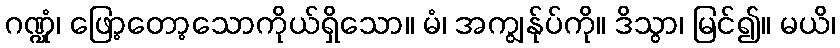
ဂဏ္ဍုံ၊ ဖြော့တော့သောကိုယ်ရှိသော။ မံ၊ အကျွန်ုပ်ကို။ ဒိသွာ၊ မြင်၍။ မယိ၊